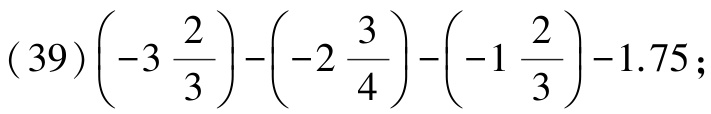
\((39)\left(-3\frac{2}{3}\right)-\left(-2\frac{3}{4}\right)-\left(-1\frac{2}{3}\right)-1.75\);